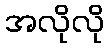
အလိုလို